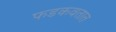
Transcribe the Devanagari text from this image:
फडकवतात